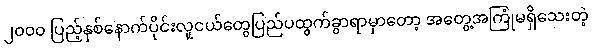
၂၀၀၀ ပြည့်နှစ်နောက်ပိုင်းလူငယ်တွေပြည်ပထွက်ခွာရာမှာတော့ အတွေ့အကြုံမရှိသေးတဲ့